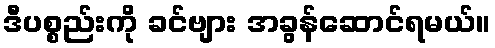
ဒီပစ္စည်းကို ခင်ဗျား အခွန်ဆောင်ရမယ်။